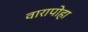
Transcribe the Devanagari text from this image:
वारापोहा